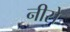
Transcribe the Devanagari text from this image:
नीसे